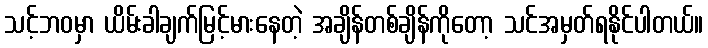
သင့်ဘဝမှာ ယိမ်းခါချက်မြင့်မားနေတဲ့ အချိန်တစ်ချိန်ကိုတော့ သင်အမှတ်ရနိုင်ပါတယ်။